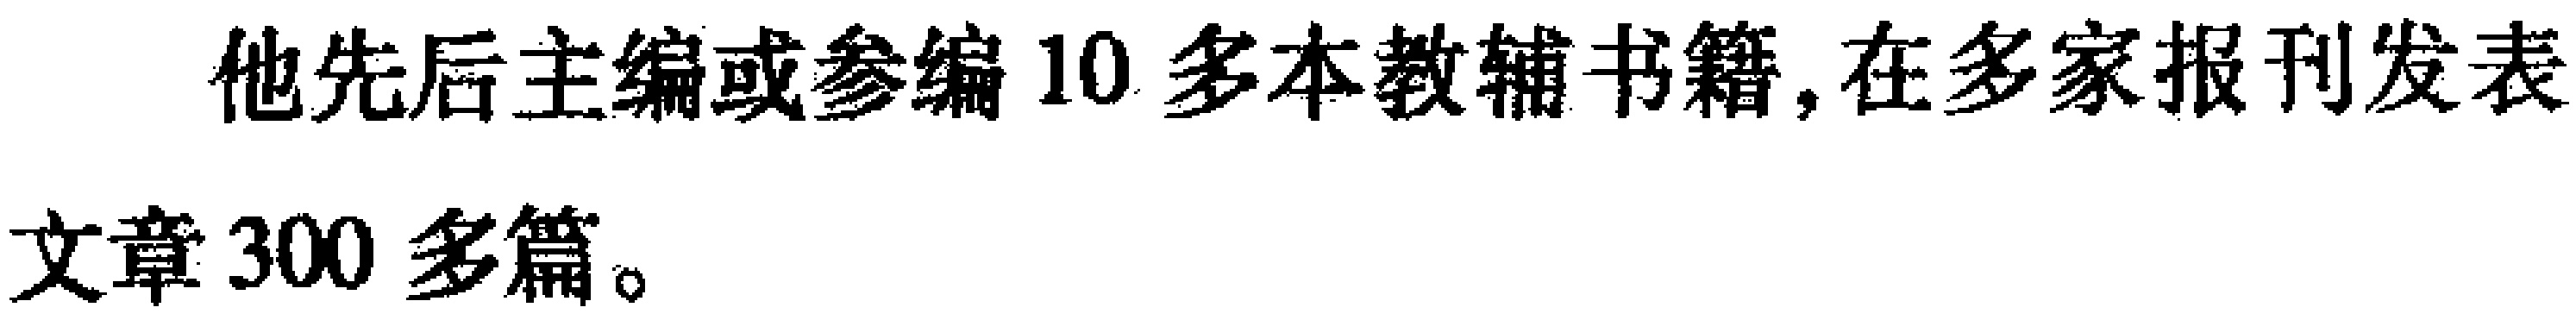
他先后主编或参编10多本教辅书籍,在多家报刊发表文章300多篇。